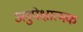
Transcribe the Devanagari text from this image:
अनुपेक्षात्मक